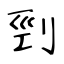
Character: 剄